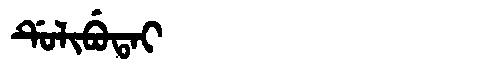
Manchu: ᡩᡠᠯᡳᠪᡠᡨᠠᡳ
Romanization: DULIBUTAI